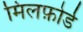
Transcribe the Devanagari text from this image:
मिलफ़ोर्ड